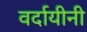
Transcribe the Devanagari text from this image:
वर्दायीनी